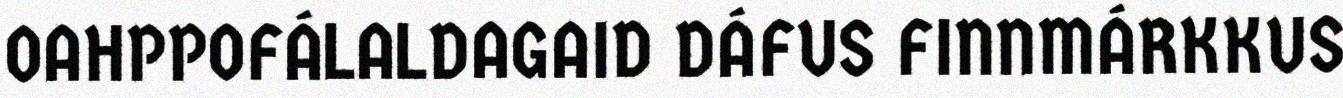
OAHPPOFÁLALDAGAID DÁFUS FINNMÁRKKUS